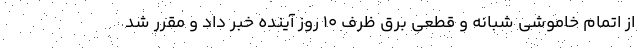
از اتمام خاموشی شبانه و قطعی برق ظرف ۱۰ روز آینده خبر داد و مقرر شد